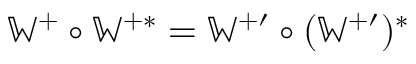
\mathbb { W } ^ { + } \circ \mathbb { W } ^ { + \ast } = \mathbb { W } ^ { + \prime } \circ ( \mathbb { W } ^ { + \prime } ) ^ { \ast }